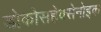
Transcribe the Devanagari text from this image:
डोकोसहेक्सेनोइक